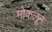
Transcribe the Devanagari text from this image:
मोकलून